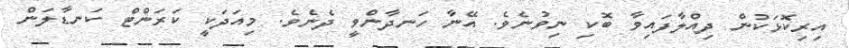
އިރިކޮޅަކުން ދިއްލާފައިވާ ބޮކި ނިވުނެވެ. އޭނާ ހަނދާންވީ ދެނެވެ. މިއަދަކީ ކަރަންޓް ކަނޑާލަން